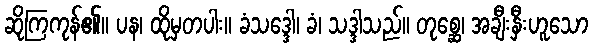
ဆိုကြကုန်၏။ ပန၊ ထိုမှတပါး။ ခံသဒ္ဒေါ၊ ခံ၊ သဒ္ဒါသည်။ တုစ္ဆေ၊ အချီးနှီးဟူသော